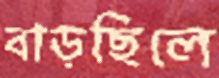
বাড়ছিলে